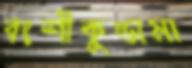
বংশীকুন্ডামা